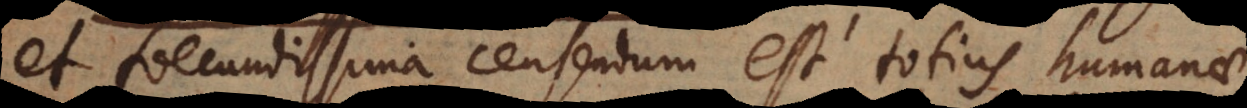
et foecundissima censendum est totius humanae